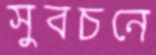
সুবচনে